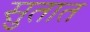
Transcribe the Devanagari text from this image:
सुतात